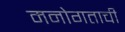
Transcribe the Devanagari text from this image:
मनोगताची